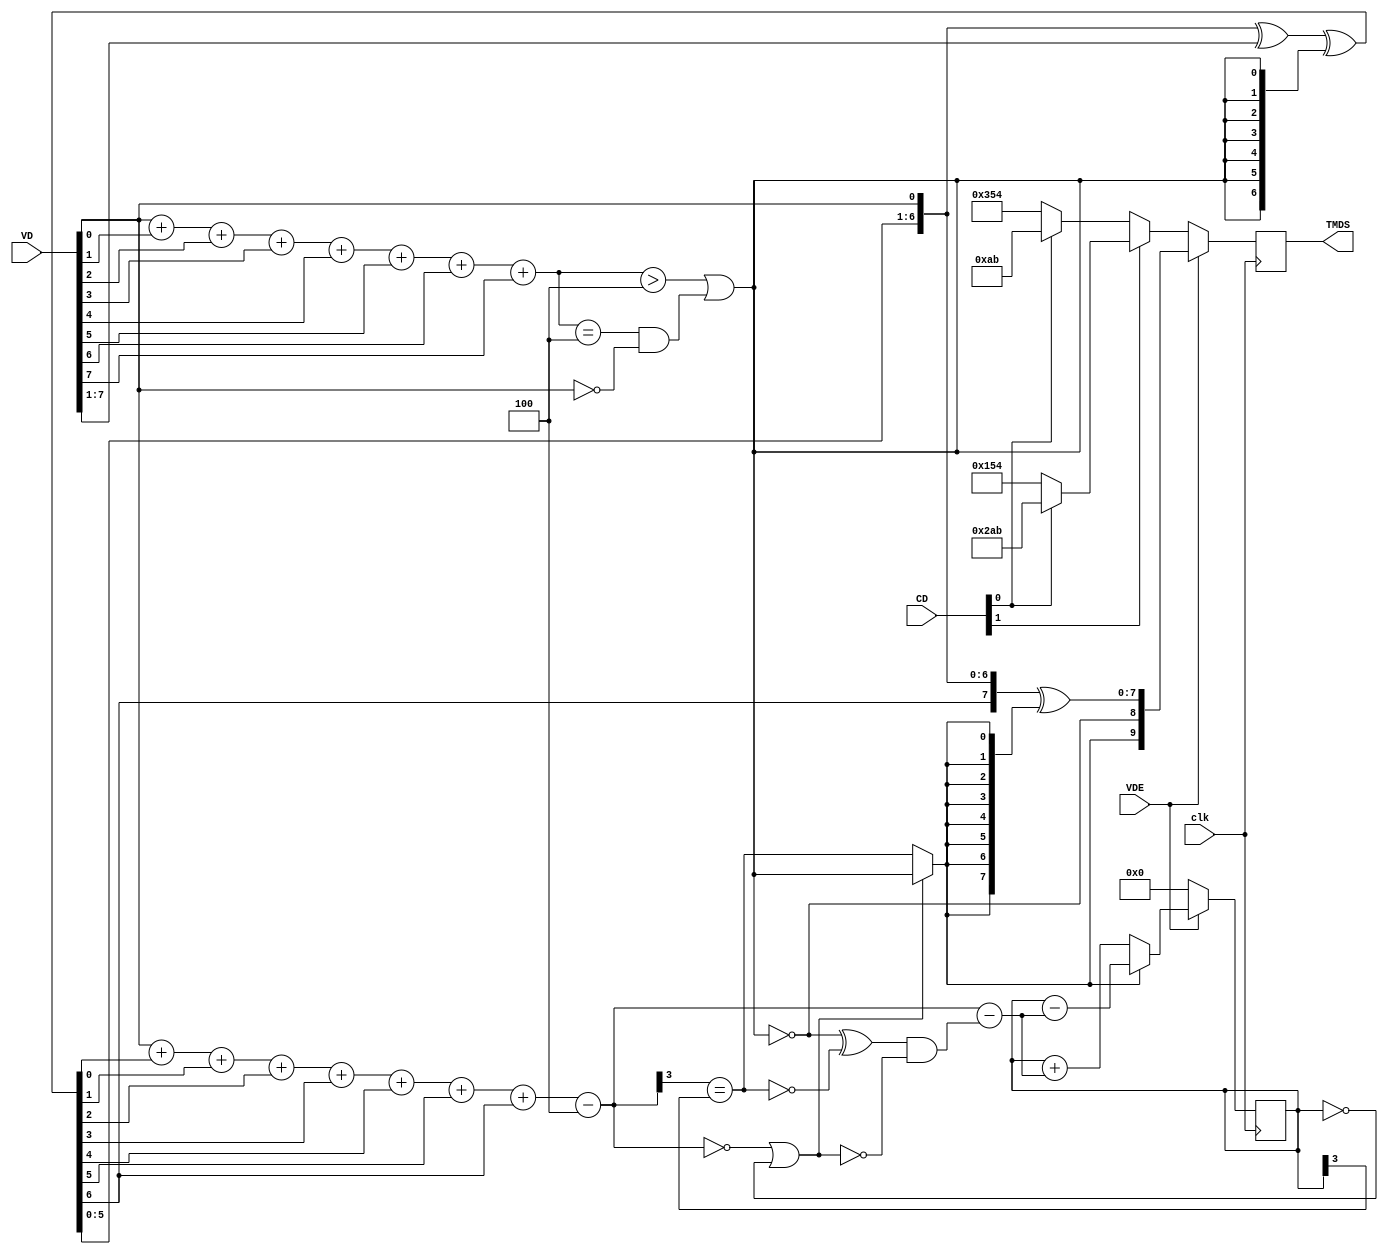

////////////////////////////////////////////////////////////////////////
module TMDS_encoder(
	input clk,
	input [7:0] VD,  // video data (red, green or blue)
	input [1:0] CD,  // control data
	input VDE,  // video data enable, to choose between CD (when VDE=0) and VD (when VDE=1)
	output reg [9:0] TMDS = 0
);

wire [3:0] Nb1s = VD[0] + VD[1] + VD[2] + VD[3] + VD[4] + VD[5] + VD[6] + VD[7];
wire XNOR = (Nb1s>4'd4) || (Nb1s==4'd4 && VD[0]==1'b0);
wire [8:0] q_m = {~XNOR, q_m[6:0] ^ VD[7:1] ^ {7{XNOR}}, VD[0]};

reg [3:0] balance_acc = 0;
wire [3:0] balance = q_m[0] + q_m[1] + q_m[2] + q_m[3] + q_m[4] + q_m[5] + q_m[6] + q_m[7] - 4'd4;
wire balance_sign_eq = (balance[3] == balance_acc[3]);
wire invert_q_m = (balance==0 || balance_acc==0) ? ~q_m[8] : balance_sign_eq;
wire [3:0] balance_acc_inc = balance - ({q_m[8] ^ ~balance_sign_eq} & ~(balance==0 || balance_acc==0));
wire [3:0] balance_acc_new = invert_q_m ? balance_acc-balance_acc_inc : balance_acc+balance_acc_inc;
wire [9:0] TMDS_data = {invert_q_m, q_m[8], q_m[7:0] ^ {8{invert_q_m}}};
wire [9:0] TMDS_code = CD[1] ? (CD[0] ? 10'b1010101011 : 10'b0101010100) : (CD[0] ? 10'b0010101011 : 10'b1101010100);

always @(posedge clk) TMDS <= VDE ? TMDS_data : TMDS_code;
always @(posedge clk) balance_acc <= VDE ? balance_acc_new : 4'h0;
endmodule